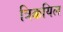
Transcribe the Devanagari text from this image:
त्रिक्कयिल